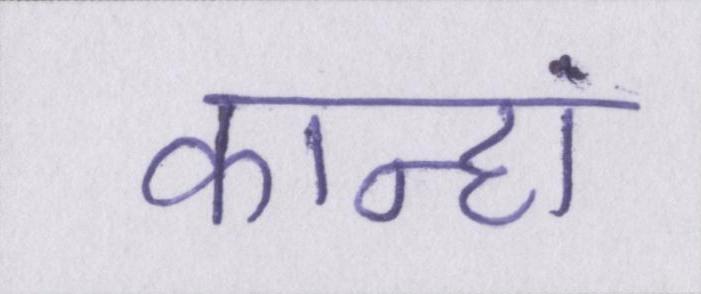
कान्हां